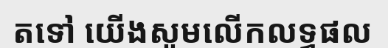
តទៅ យើងសូមលើកលទ្ធផល